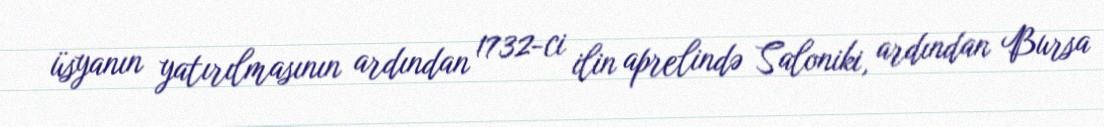
üsyanın yatırılmasının ardından 1732-ci ilin aprelində Saloniki, ardından Bursa